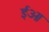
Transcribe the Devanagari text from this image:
ईआ